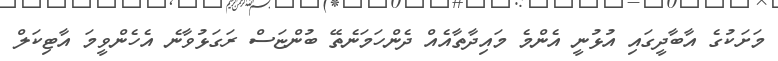
މަށަކުގެ އާބާދީގައި އުޅުނީ އެންމެ މައިދާތާއެއް ދެންހަމަނެތޭ ބުންޏަސް ރަގަޅުވާނެ އެހެންވީމަ އާޓިކަލް